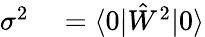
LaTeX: \begin{array}{rl}{\sigma^{2}}&{{}=\langle 0|\hat{W}^{2}|0\rangle}\end{array}